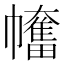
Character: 𢅯